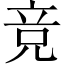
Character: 竞